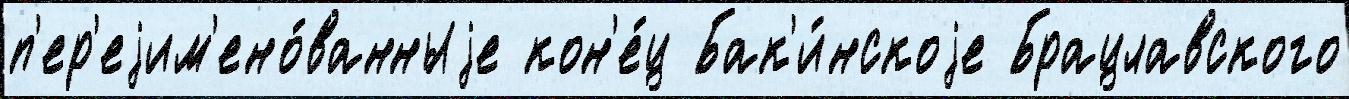
п'ер'еjим'ено́ванныjе кон'е́ц Бак'и́нскоjе Брацлавского